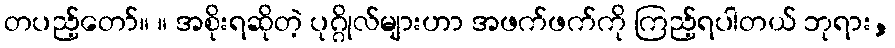
တပည့်တော်။ ။ အစိုးရဆိုတဲ့ ပုဂ္ဂိုလ်များဟာ အဖက်ဖက်ကို ကြည့်ရပါတယ် ဘုရား,